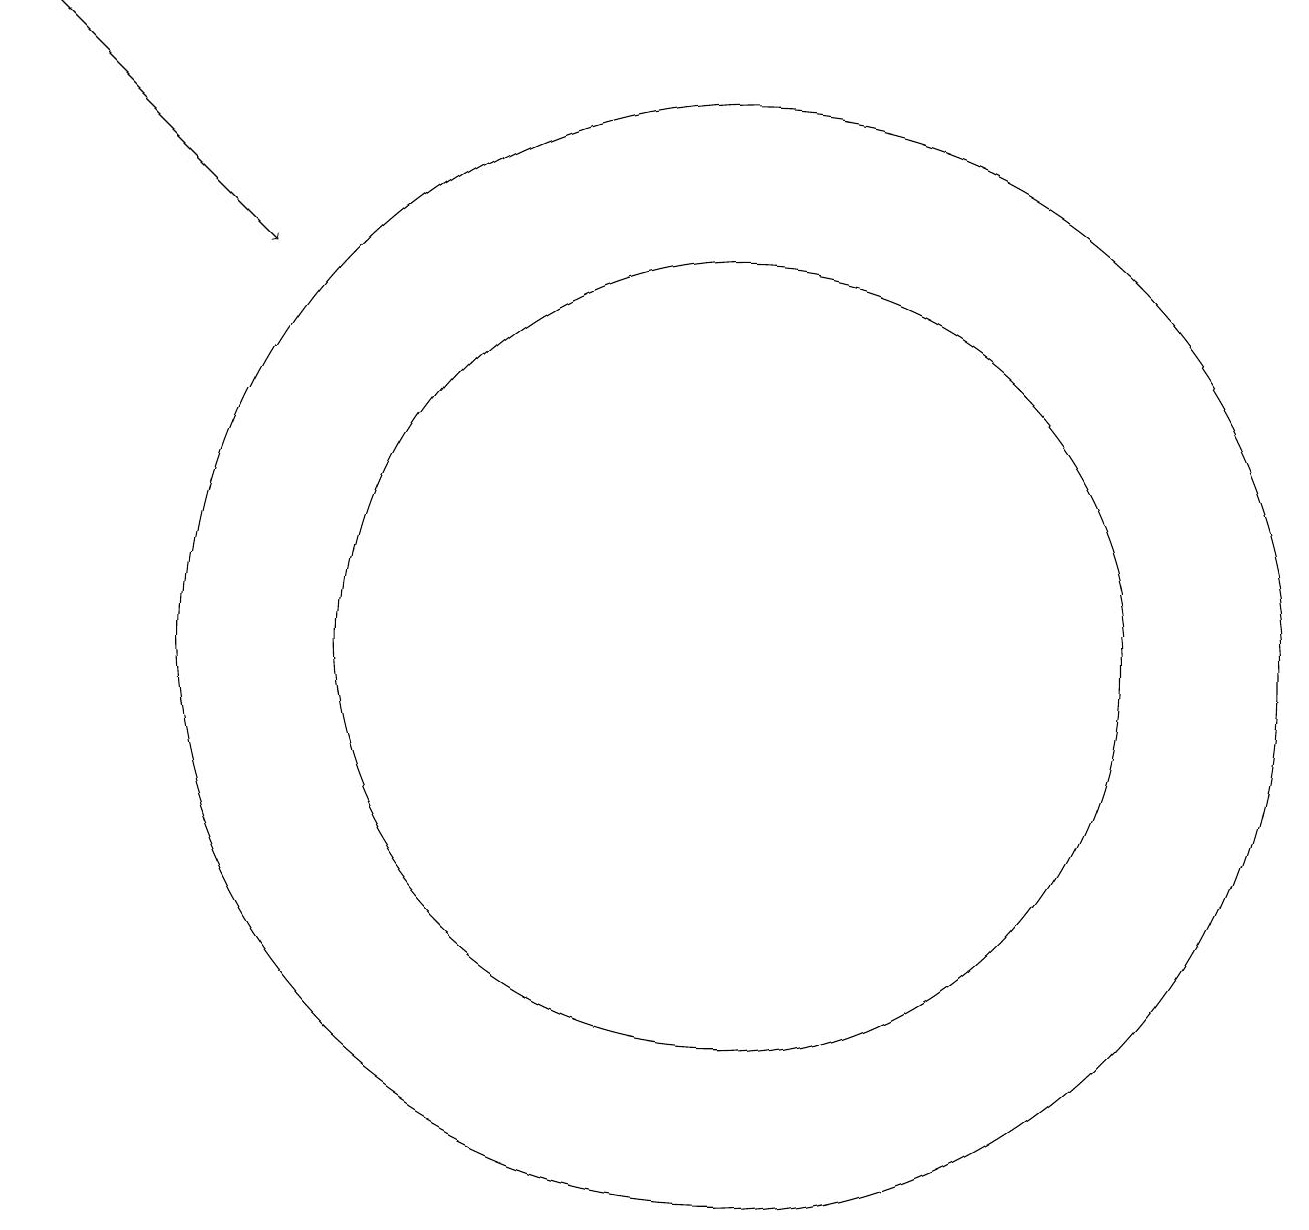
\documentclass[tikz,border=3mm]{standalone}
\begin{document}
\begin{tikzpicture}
\draw (11,11) circle (5);
\draw[->] (2,19) -- (5,16);
\draw (11,11) circle (0);
\draw (11,11) circle (7);
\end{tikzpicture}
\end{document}